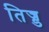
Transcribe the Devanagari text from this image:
तिज्ड